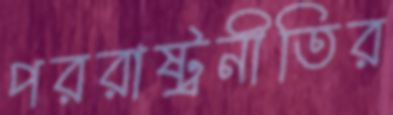
পররাষ্ট্রনীতির